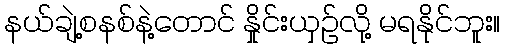
နယ်ချဲ့စနစ်နဲ့တောင် နှိုင်းယှဉ်လို့ မရနိုင်ဘူး။